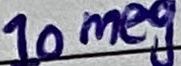
Text: 10meg